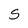
Character: S